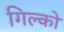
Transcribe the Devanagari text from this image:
गिल्को